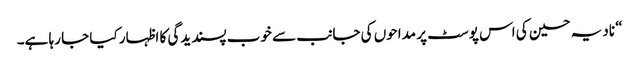
“ نادیہ حسین کی اس پوسٹ پر مداحوں کی جانب سے خوب پسندیدگی کا اظہار کیا جا رہا ہے۔